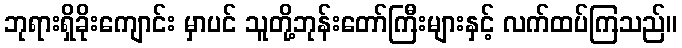
ဘုရားရှိခိုးကျောင်း မှာပင် သူတို့ဘုန်းတော်ကြီးများနှင့် လက်ထပ်ကြသည်။